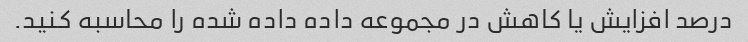
درصد افزایش یا کاهش در مجموعه داده داده شده را محاسبه کنید.